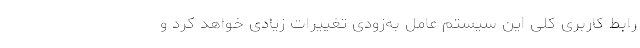
رابط کاربری کلی این سیستم عامل به‌زودی تغییرات زیادی خواهد کرد و